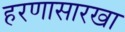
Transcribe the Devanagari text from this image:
हरणासारखा